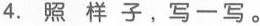
4.照样子，写一写。